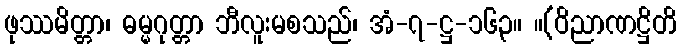
ဖုဿမိတ္တာ၊ ဓမ္မဂုတ္တာ ဘီလူးမစသည်၊ အံ-၇-ဋ္ဌ-၁၆၃။ ။(ဝိညာဏဋ္ဌိတိ